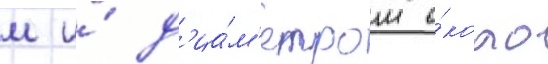
м и́ д'иа́м'етром о́коло